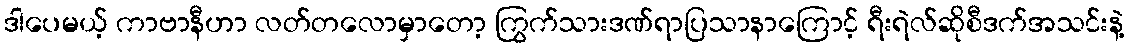
ဒါပေမယ့် ကာဗာနီဟာ လတ်တလောမှာတော့ ကြွက်သားဒဏ်ရာပြသာနာကြောင့် ရီးရဲလ်ဆိုစီဒက်အသင်းနဲ့